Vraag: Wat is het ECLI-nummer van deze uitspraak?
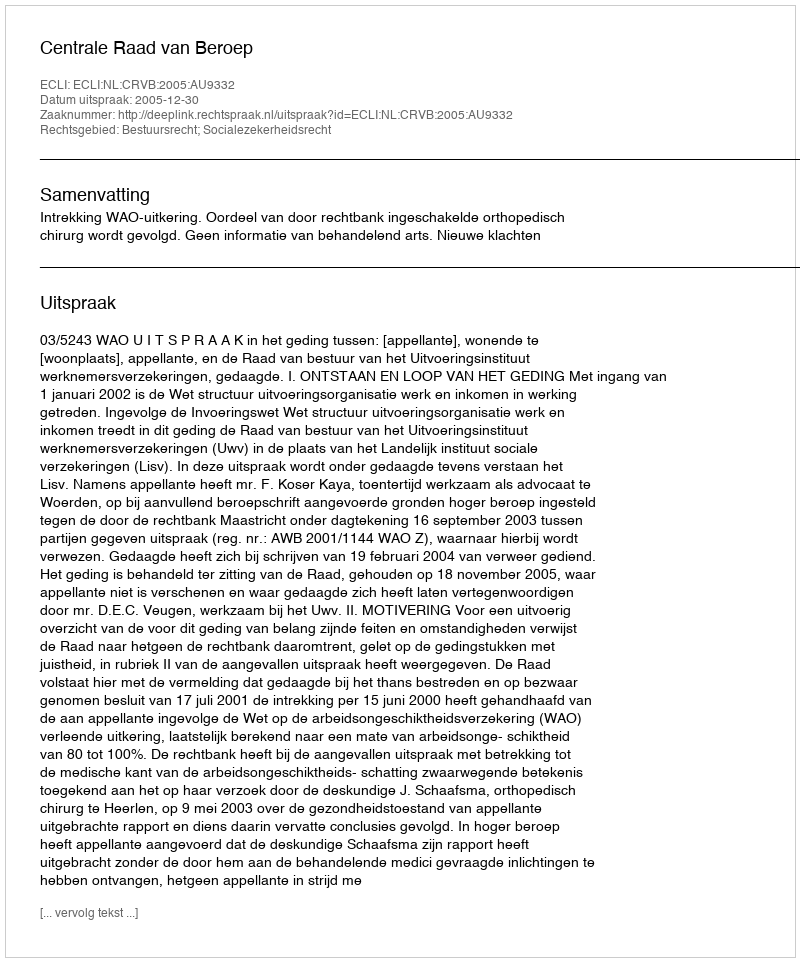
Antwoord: ECLI:NL:CRVB:2005:AU9332